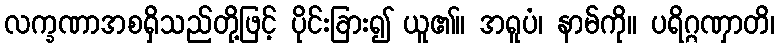
လက္ခဏာအစရှိသည်တို့ဖြင့် ပိုင်းခြား၍ ယူ၏။ အရူပံ၊ နာမ်ကို။ ပရိဂ္ဂဏှာတိ၊